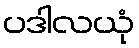
ပဒါလယုံ